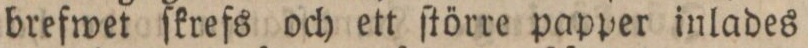
brefwet ſkrefs och ett ſtörre papper inlades